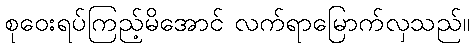
စုဝေးရပ်ကြည့်မိအောင် လက်ရာမြောက်လှသည်။